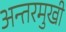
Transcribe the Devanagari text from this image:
अन्तरमुखी